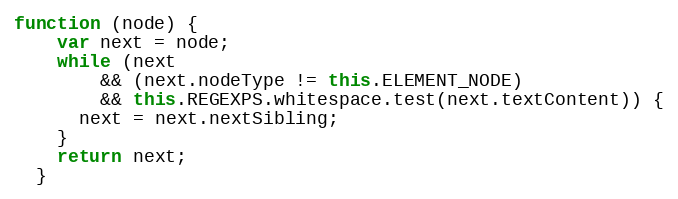
Language: JavaScript
function (node) {
    var next = node;
    while (next
        && (next.nodeType != this.ELEMENT_NODE)
        && this.REGEXPS.whitespace.test(next.textContent)) {
      next = next.nextSibling;
    }
    return next;
  }